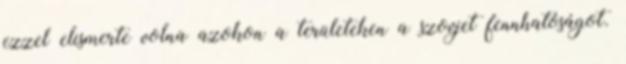
ezzel elismerte volna azokon a területeken a szovjet fennhatóságot.